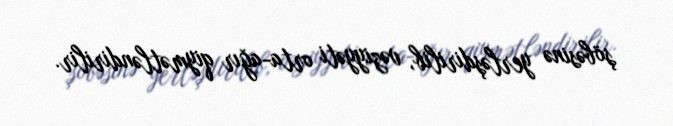
şöbəsinə yerləşdirilib, vəziyyəti orta-ağır qiymətləndirilir.